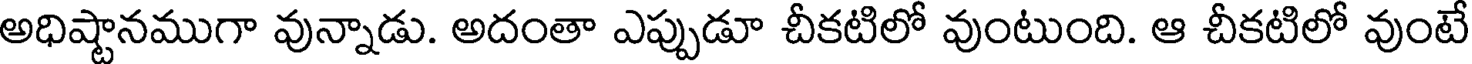
అధిష్టానముగా వున్నాడు. అదంతా ఎప్పుడూ చీకటిలో వుంటుంది. ఆ చీకటిలో వుంటే